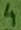
Text: 4